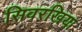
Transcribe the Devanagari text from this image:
सिवरखिया